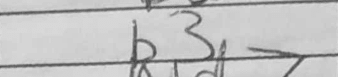
Transcription: b3